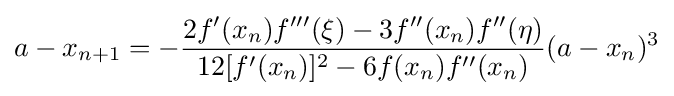
a-x_{n+1}=-{\frac {2f'(x_{n})f'''(\xi )-3f''(x_{n})f''(\eta )}{12[f'(x_{n})]^{2}-6f(x_{n})f''(x_{n})}}(a-x_{n})^{3}